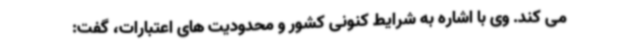
می کند. وی با اشاره به شرایط کنونی کشور و محدودیت های اعتبارات، گفت: